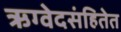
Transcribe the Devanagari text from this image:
ऋग्वेदसंहितेत